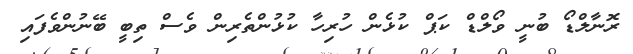
ރޮނާލްޑޯ ބުނީ ވޯލްޑް ކަޕް ކުޅެން ހުރިހާ ކުޅުންތެރިން ވެސް ތިބީ ބޭނުންވެފައި